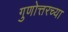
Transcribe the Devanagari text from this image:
गुणोत्तरच्या